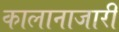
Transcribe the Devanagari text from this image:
कालानाजारी